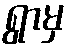
ရွာမှ